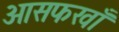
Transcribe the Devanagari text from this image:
आसफखाँ